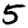
Digit: 5